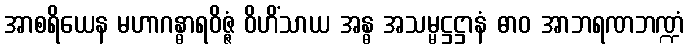
အာစရိယေန မဟာဂန္ဓာရဝိဇ္ဇံ ဝိဟိံသာယ အန္ဓ အသမ္မဋ္ဌဋ္ဌာနံ ဓာဝ အာဘရဏဘဏ္ဍံ